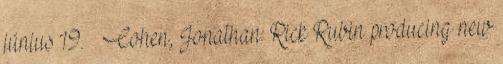
június 19. ↑ Cohen, Jonathan: Rick Rubin producing new